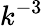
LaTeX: k^{-3}